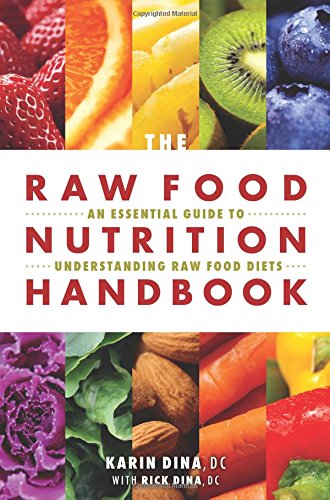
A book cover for The Raw Food Nutrition Handbook: An Essential Guide to Understanding Raw Food Diets; Karin Dina; Health, Fitness & Dieting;